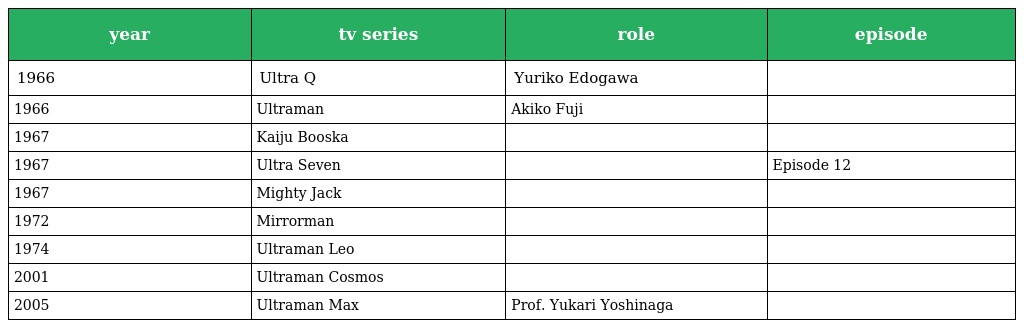
| year | tv series | role | episode |
 | --- | --- | --- | --- |
 | 1966 | Ultra Q | Yuriko Edogawa |  |
 | 1966 | Ultraman | Akiko Fuji |  |
 | 1967 | Kaiju Booska |  |  |
 | 1967 | Ultra Seven |  | Episode 12 |
 | 1967 | Mighty Jack |  |  |
 | 1972 | Mirrorman |  |  |
 | 1974 | Ultraman Leo |  |  |
 | 2001 | Ultraman Cosmos |  |  |
 | 2005 | Ultraman Max | Prof. Yukari Yoshinaga |  |